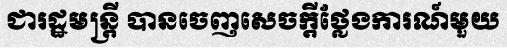
ជារដ្ឋមន្ត្រី បានចេញសេចក្តីថ្លែងការណ៍មួយ